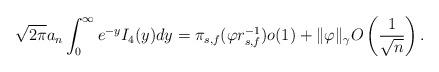
LaTeX: \begin{align*}\sqrt{2\pi} a_n \int_0^{\infty} e^{- y} I_4(y) dy= \pi_{s,f}(\varphi r_{s,f}^{-1}) o(1) + \|\varphi\|_{\gamma} O \left( \frac{1}{\sqrt{n}} \right). \end{align*}